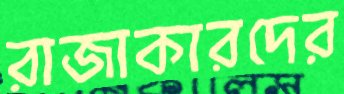
রাজাকারদের